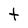
Character: t